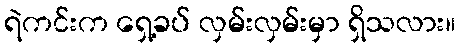
ရဲကင်းက ရှေ့ခပ် လှမ်းလှမ်းမှာ ရှိသလား။